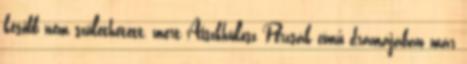
később nem születhetett, mert Aiszkhülosz Perzsák című drámájában már